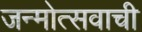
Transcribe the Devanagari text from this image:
जन्मोत्सवाची